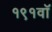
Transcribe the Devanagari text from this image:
१९१वॉ